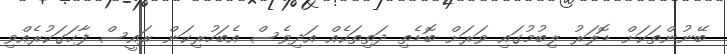
ބޭނުންތަކަށް ޑޮލަރު ލިބުމުގައި ވަރަށް ބޮޑެތި ދަތިތަކެއް އަދިވެސް އެބަހުރިކަން ރައީސް ފާހަގަކުރެއްވި